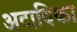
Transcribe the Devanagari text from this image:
अटाविका